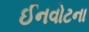
ઈનવોટના